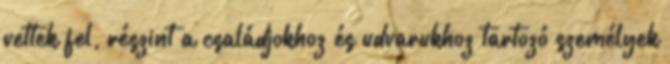
vettek fel, részint a családjokhoz és udvarukhoz tartozó személyek